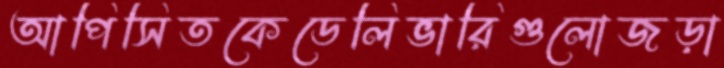
আপিসিতকেডেলিভারিগুলোজড়া